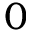
0